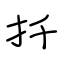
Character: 扦